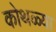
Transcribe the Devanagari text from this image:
कोथळ्या